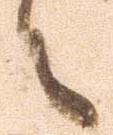
々